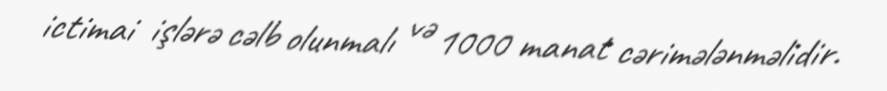
ictimai işlərə cəlb olunmalı və 1000 manat cərimələnməlidir.